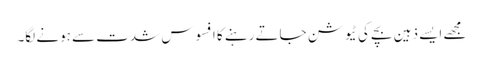
مجھے ایسے ذہین بچے کی ٹیوشن جاتے رہنے کا افسوس شدت سے ہونے لگا۔